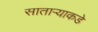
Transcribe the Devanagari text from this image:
साताऱ्याकडे